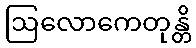
ဩလောကေတုန္တိ